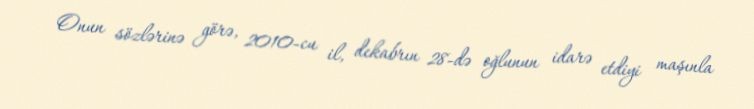
Onun sözlərinə görə, 2010-cu il, dekabrın 28-də oğlunun idarə etdiyi maşınla